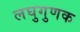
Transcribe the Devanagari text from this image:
लघुगुणक